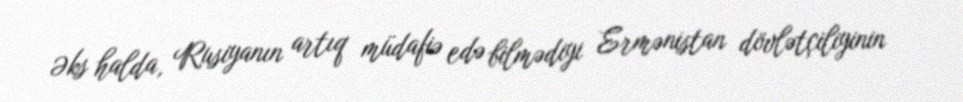
Əks halda, Rusiyanın artıq müdafiə edə bilmədiyi Ermənistan dövlətçiliyinin